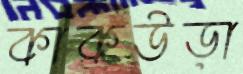
কাকউড়া